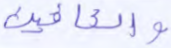
والعافين